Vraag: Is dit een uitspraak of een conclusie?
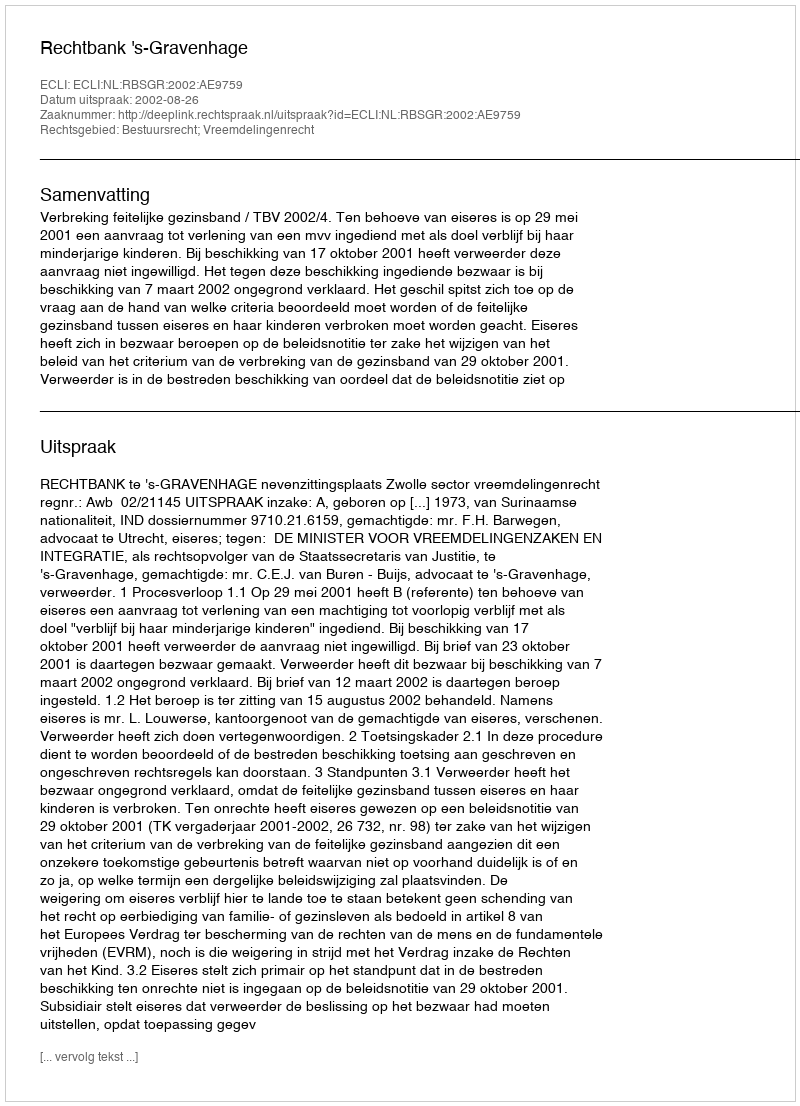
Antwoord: Uitspraak